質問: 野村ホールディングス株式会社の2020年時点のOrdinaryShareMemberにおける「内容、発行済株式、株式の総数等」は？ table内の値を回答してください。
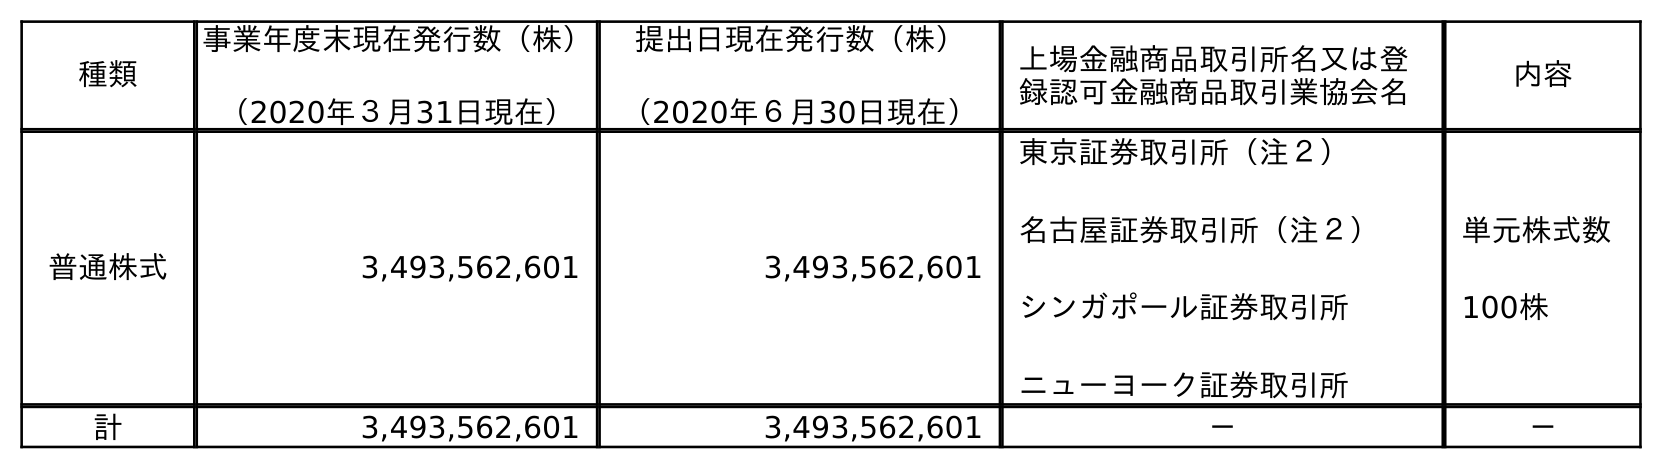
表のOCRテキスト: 種類 事業年度末現在発行数（株） （2020年３月31日現在） 提出日現在発行数（株） （2020年６月30日現在） 上場金融商品取引所名又は登 録認可金融商品取引業協会名 内容 普通株式 3,493,562,601 3,493,562,601 東京証券取引所（注２） 名古屋証券取引所（注２） シンガポール証券取引所 ニューヨーク証券取引所 単元株式数 100株 計 3,493,562,601 3,493,562,601 － －
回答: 単元株式数100株